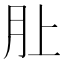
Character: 𪱚